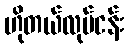
ဟိုတယ်လုပ်ငန်း